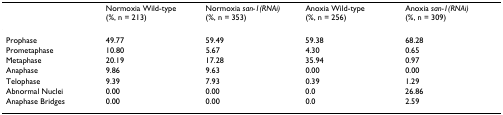
<table><thead><tr><td></td><td><b>Normoxia Wild-type (%, n = 213)</b></td><td><b>Normoxia <i>san-1(RNAi) </i>(%, n = 353)</b></td><td><b>Anoxia Wild-type (%, n = 256)</b></td><td><b>Anoxia <i>san-1(RNAi) </i>(%, n = 309)</b></td></tr></thead><tbody><tr><td>Prophase</td><td>49.77</td><td>59.49</td><td>59.38</td><td>68.28</td></tr><tr><td>Prometaphase</td><td>10.80</td><td>5.67</td><td>4.30</td><td>0.65</td></tr><tr><td>Metaphase</td><td>20.19</td><td>17.28</td><td>35.94</td><td>0.97</td></tr><tr><td>Anaphase</td><td>9.86</td><td>9.63</td><td>0.00</td><td>0.00</td></tr><tr><td>Telophase</td><td>9.39</td><td>7.93</td><td>0.39</td><td>1.29</td></tr><tr><td>Abnormal Nuclei</td><td>0.00</td><td>0.00</td><td>0.0</td><td>26.86</td></tr><tr><td>Anaphase Bridges</td><td>0.00</td><td>0.00</td><td>0.0</td><td>2.59</td></tr></tbody></table>